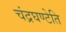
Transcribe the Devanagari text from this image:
चंद्रघण्टेति